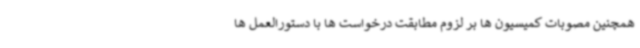
همچنین مصوبات کمیسیون ها بر لزوم مطابقت درخواست ها با دستورالعمل ها